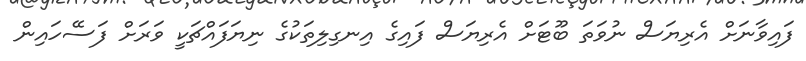
ފައިވާނަށް އެރިޔަސް ނުވަތަ ބޫޓަށް އެރިޔަސް ފައިގެ އިނގިލިތަކުގެ ނިޔަފައްޗަކީ ވަރަށް ފަސޭހައިން